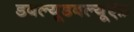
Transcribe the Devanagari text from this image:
डबल्यूडबल्यूऍफ़